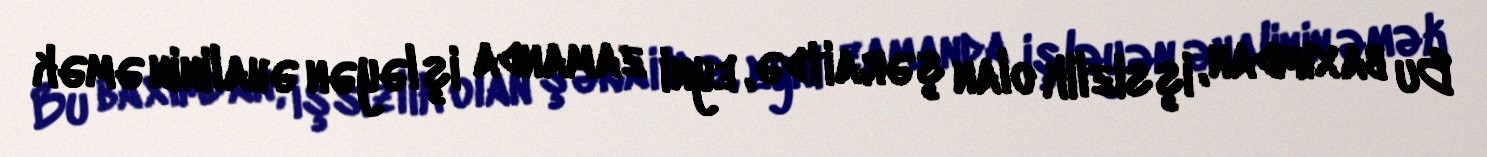
Bu baxımdan, işsizlik olan şəraitdə, eyni zamanda işləyən əhalinin əmək